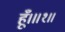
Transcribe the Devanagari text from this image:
हूँ।॥१॥